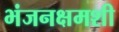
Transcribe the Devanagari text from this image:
भंजनक्षमशी